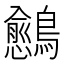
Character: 𬷴